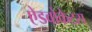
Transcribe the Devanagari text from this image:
ऐडवोकेट्स